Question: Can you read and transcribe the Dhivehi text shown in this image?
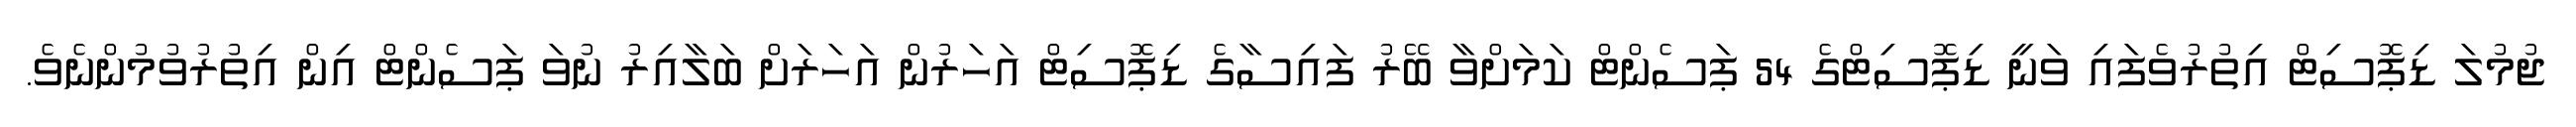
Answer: ޖުމުލަ ޑިޕޮސިޓް އިތުރުވެފައި ވަނީ ޑިޕޮސިޓްގެ 54 ޕަސެންޓް ކަމަށްވާ ބޭރު ފައިސާގެ ޑިޕޮސިޓް އަހަރުން އަހަރަށް ބަލާއިރު ނުވަ ޕަސެންޓް އިން އިތުރުވުމުންނެވެ.